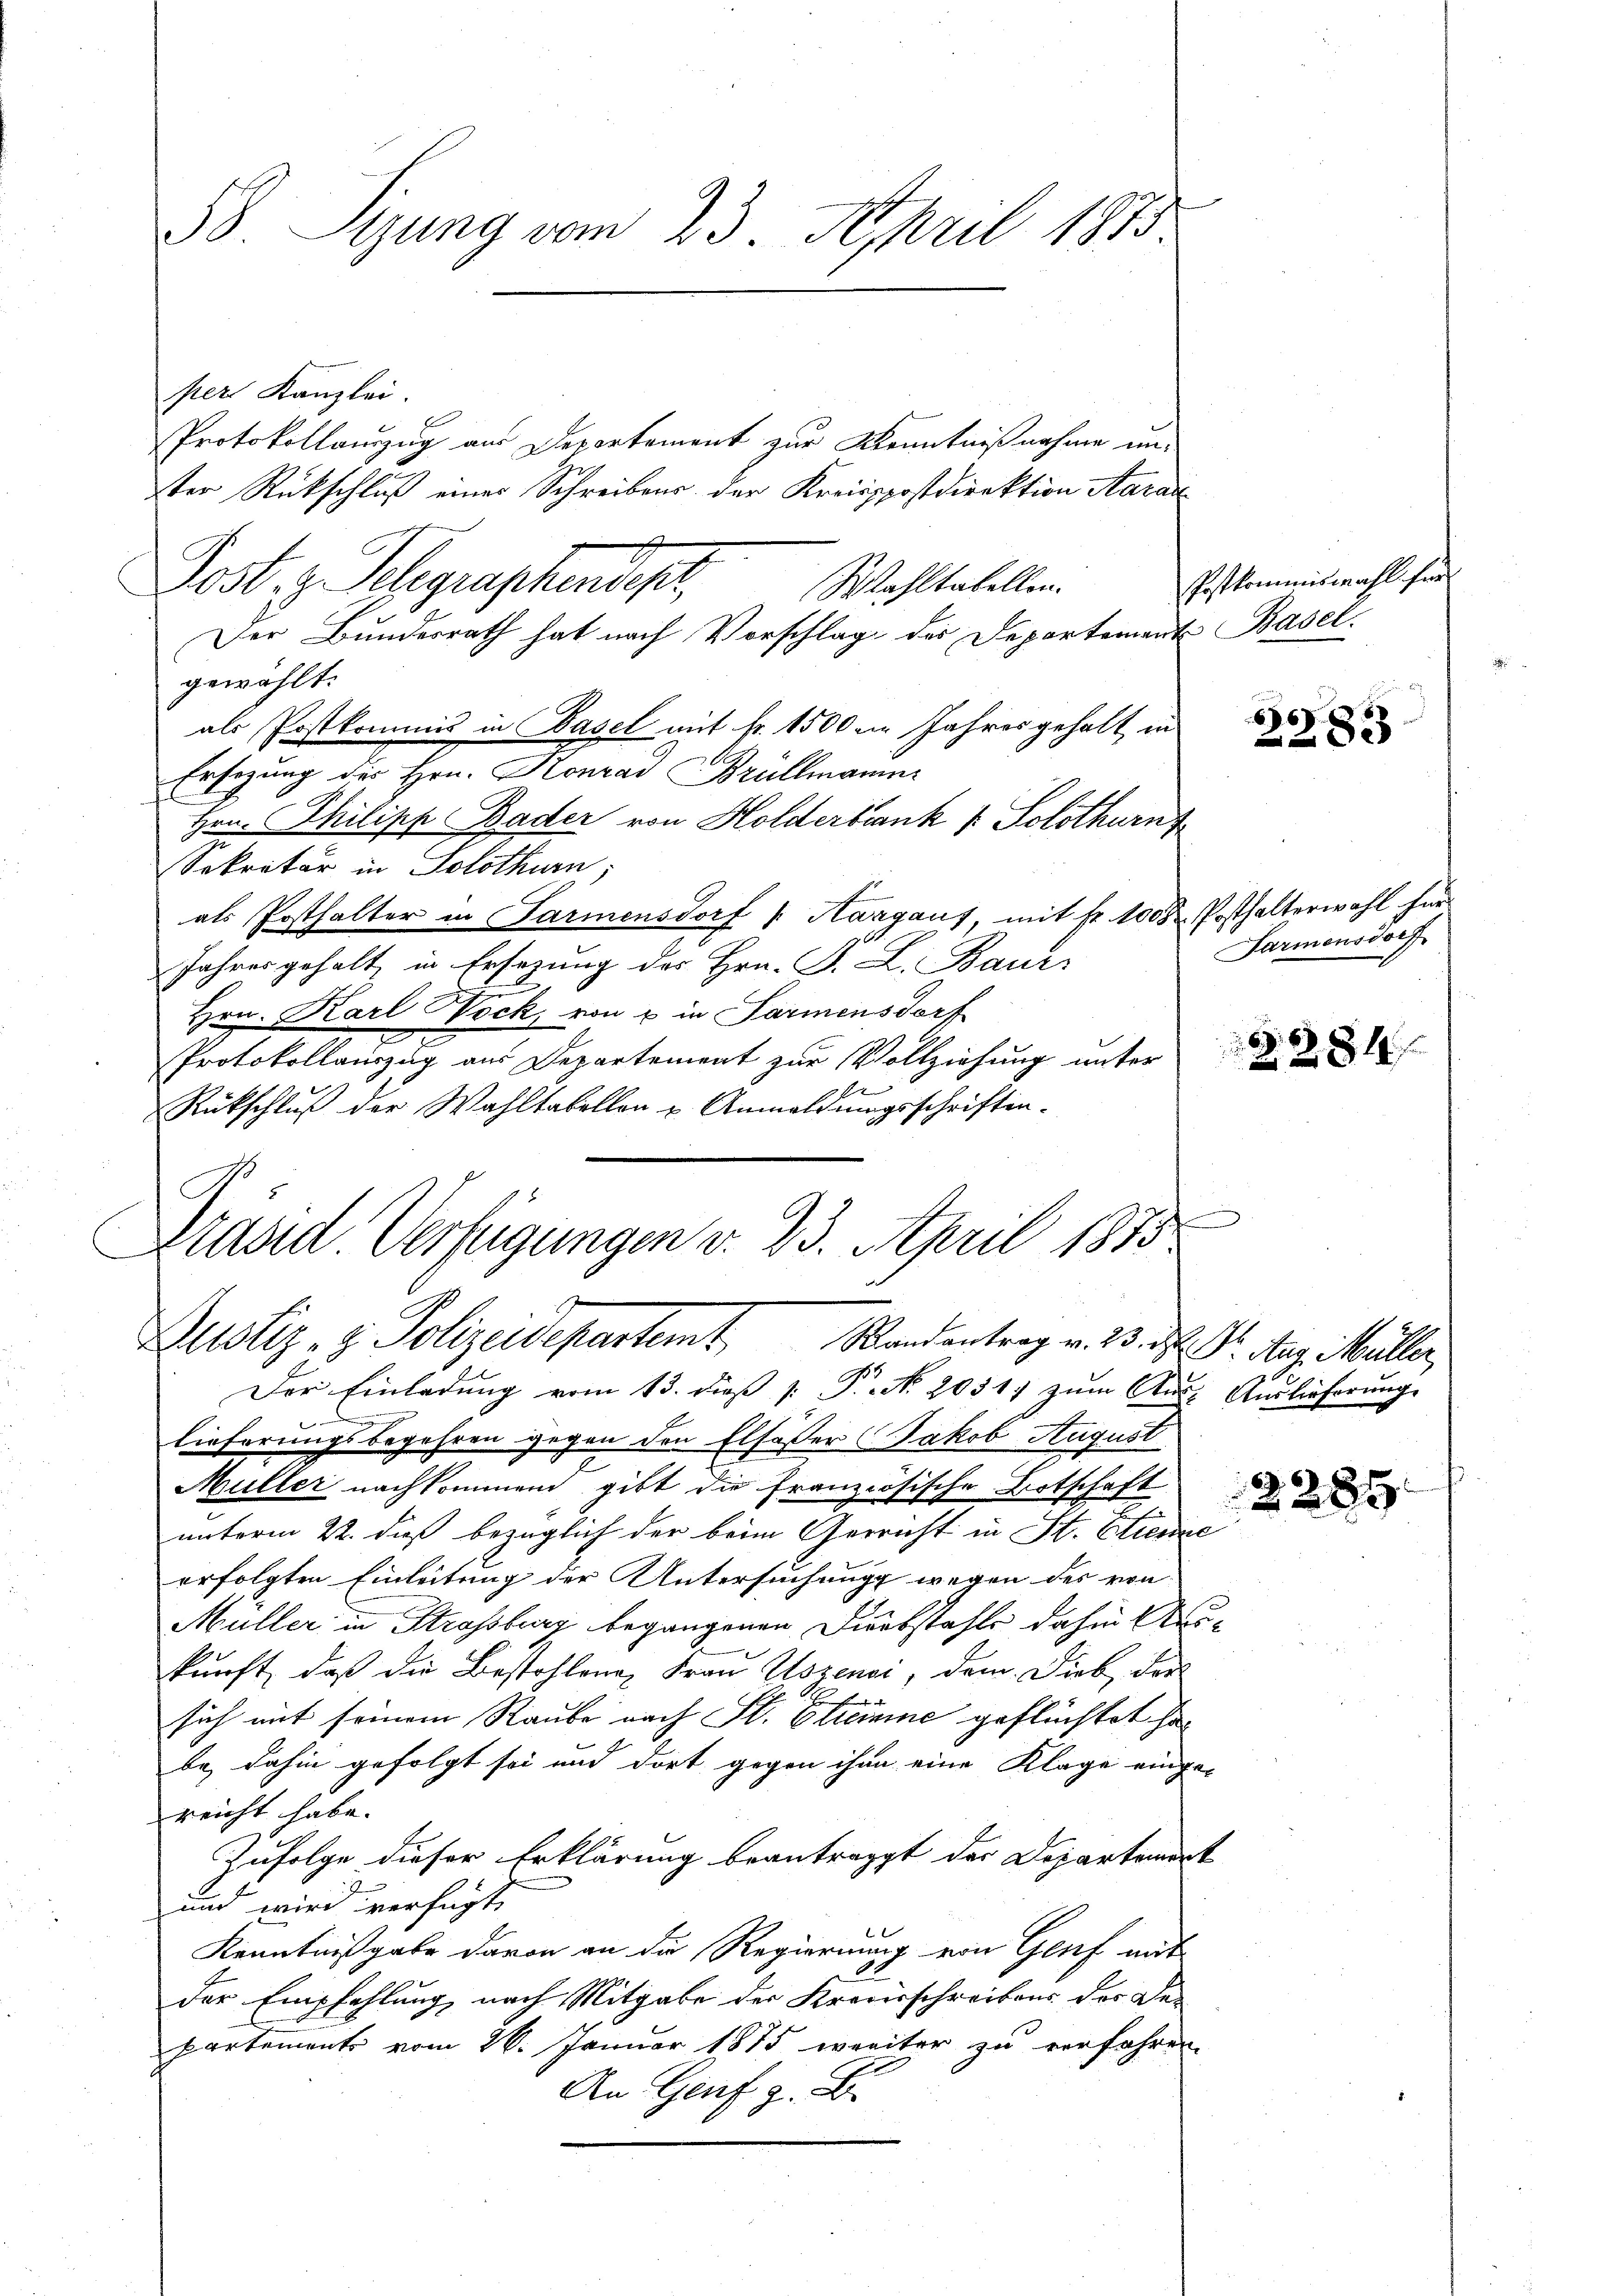
per Kanzlei.
Protokollauszug aus Departement zur Kenntnißnahme un-
ster Rückschluß eines Schreibens der Kreisppostdirektion Aarau
Post, z. Telegraphendiget,
Wahltatellen.
Der Bundesrath hat nach Vorschlag der Departement Basel
gewählt.
als Postkommis in Basel mit fr. 1500 in Jahres gehalt in
Ersezung der Hrn. Konrad Brüllmanner
Hrn. Philipp Bader von Holderbank u. Solothurn
Sekretär in Solothurn,
als Posthalter in Parmensdorf Hargaus, mit fr. 1008 Posthalterwahl für
Jahres gehalt, in Ersezung des Hrn. F. L. Baui
Hrn. Karl ock, von u in Farmensdorf
Protokollauszug aus Departement zur Vollziehung unter
Rückschluß der Wahltabellen u. Anmeldungsschriften.
Arand Verfügungen v. 23. April 1875

58. Sizung vom 23. April 1875

Zustiz- & Polizeidepartemt Randentrag v. 23. d. M. Aarg. Müller,

Postkommiswahl für

Der Einladung vom 13. dieß [ P. N. 20317 zum Aus- Auslieferung
g
lieferungsbegehren gegen den Elföser Jakob August
Müller nachkommen gibt die französische Botschaft
unterm 22. dieß bezüglich der beim Gerricht in St. Etienne
erfolgten Einleitung der Untersuchung wegen des von
Müller in Strassburg begangenen Diebstahle dahin Meikunft, daß die Bestohlene Frau Aszenci, dem Dieb, der
f
sich mit seinem Raube nach St. Glieime geflüchtet hiebe, dahin gefolgt sei und dort gegen ihm eine Klage einge-
reicht habe.
Zufolge dieser Erklärung beantragt der Departemort
und wird verfügt,
Kenntnißgabe davon an die Regierung von Genf mit
der Empfehlung nach Mitgabe der Kreisschreibens der Departements vom 26. Januar 1875 weiter zu verfahren
An Genf z. B.

6
283

Farmensdorf

F

§281

6.
289